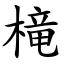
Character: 槞